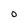
Character: 0